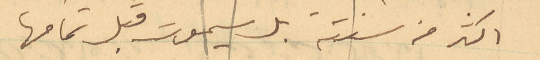
اكثر من سنته بل سيموت قبل تمامها